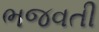
ભજવતી